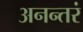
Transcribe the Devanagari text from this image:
अनन्तरं